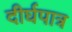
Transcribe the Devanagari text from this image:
दीर्घपात्र